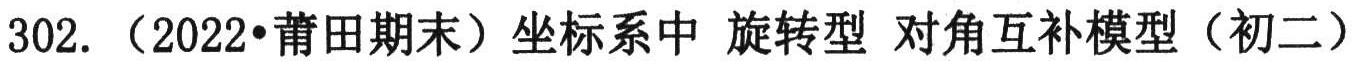
302.（2022•莆田期末）坐标系中 旋转型 对角互补模型（初二）